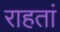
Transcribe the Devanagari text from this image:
राहतां